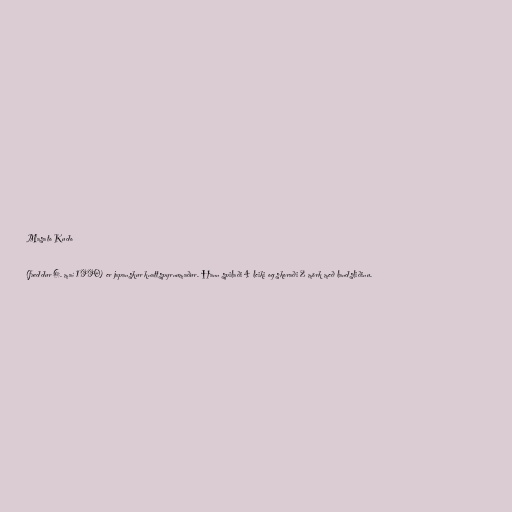
Masato Kudo

(fæddur 6. maí 1990) er japanskur knattspyrnumaður. Hann spilaði 4 leiki og skoraði 2 mörk með landsliðinu.